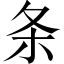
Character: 条